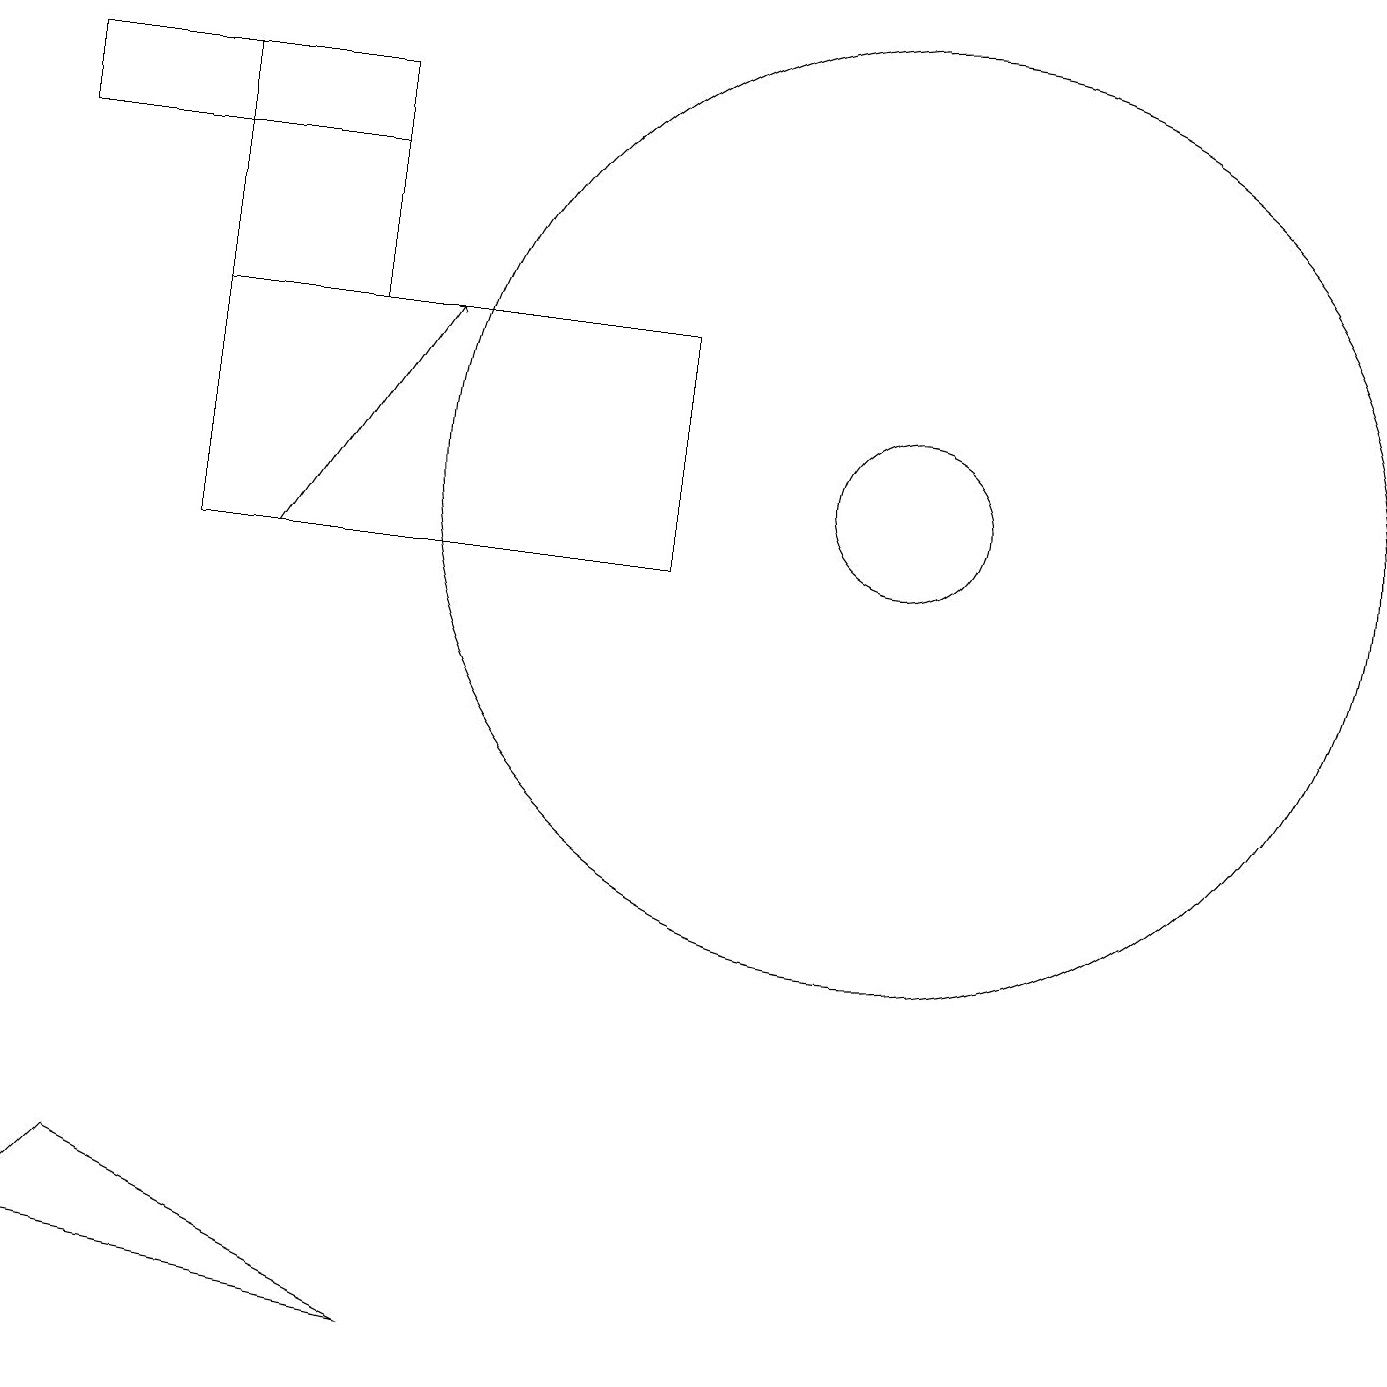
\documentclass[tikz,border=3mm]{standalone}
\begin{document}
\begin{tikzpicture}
\draw (11,11) circle (1);
\draw (4,16) rectangle (2,13);
\draw (2,10) rectangle (8,13);
\draw[->] (3,10) -- (5,13);
\draw (0,1) -- (1,2) -- (5,0) -- cycle;
\draw (0,15) rectangle (4,16);
\draw (11,11) circle (6);
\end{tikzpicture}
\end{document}